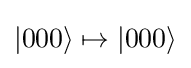
|000\rangle \mapsto |000\rangle